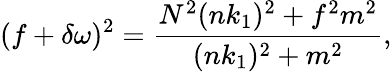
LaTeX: (f+\delta\omega)^{2}=\frac{N^{2}(nk_{1})^{2}+f^{2}m^{2}}{(nk_{1})^{2}+m^{2}},